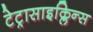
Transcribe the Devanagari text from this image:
टेट्रासाइक्लिन्स